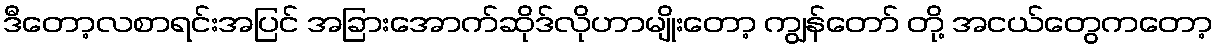
ဒီတော့လစာရင်းအပြင် အခြားအောက်ဆိုဒ်လိုဟာမျိုးတော့ ကျွန်တော် တို့ အငယ်တွေကတော့